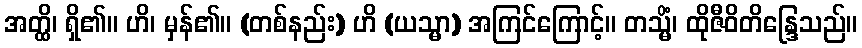
အတ္ထိ၊ ရှိ၏။ ဟိ၊ မှန်၏။ (တစ်နည်း) ဟိ (ယသ္မာ) အကြင်ကြောင့်။ တသ္မိံ၊ ထိုဇီဝိတိန္ဒြေသည်။